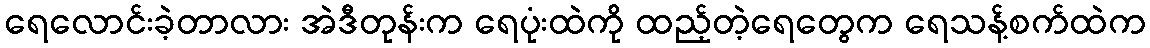
ရေလောင်းခဲ့တာလား အဲဒီတုန်းက ရေပုံးထဲကို ထည့်တဲ့ရေတွေက ရေသန့်စက်ထဲက